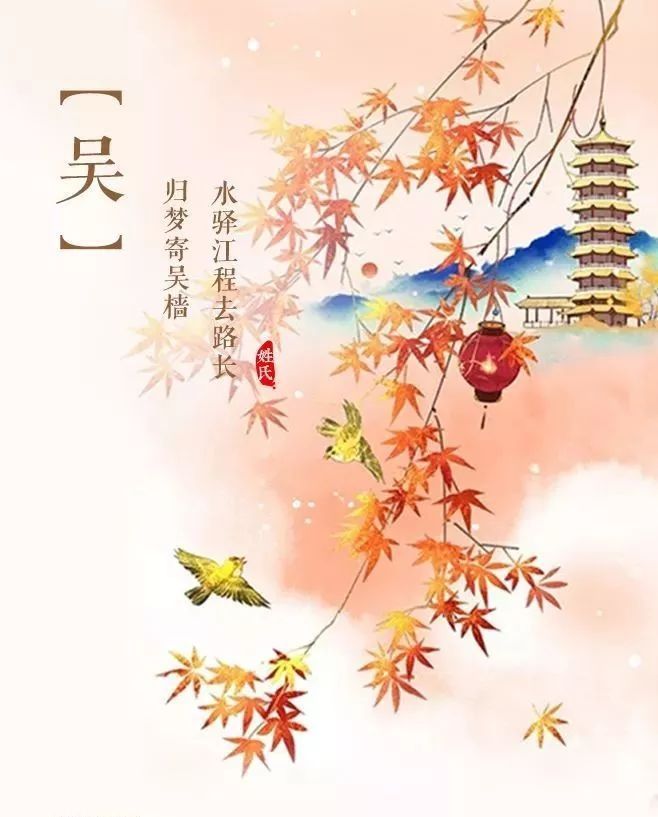
归梦寄吴樯。水驿江程去路长。